Vaccination in Bombay 1889-1901 - 1889-1901
Year: 1889
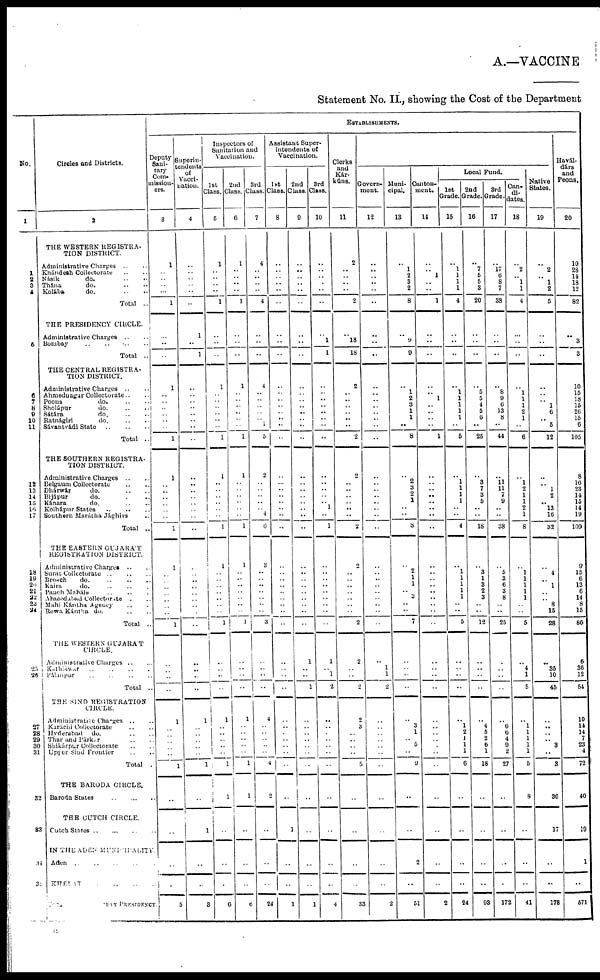
A.—VACCINE
Statement No. II, showing the Cost of the Department
No.
1
1 2
3
4
5
6 7
8 9
10
11
12
13
14
15
16
17
18
19
20
21
22
23
24
25
26
27
28
29
30
31
32
33
34
35
Circles and Districts.
2
THE WESTERN REGISTRA-
TION DISTRICT.
Administrative Charges .. ..
Khándesh Collectorate .. ..
Násik do. .. ..
Thána
do. .. ..
Kolába
do. .. ..
Total ..
THE PRESIDENCY CIRCLE.
Administrative Charges .. ..
Bombay .. .. .. ..
Total ..
THE CENTRAL REGISTRA-
TION DISTRICT.
Administrative Charges .. ..
Ahmednagar Collectorate .. ..
Poona do. .. ..
Sholápur do. .. ..
Sátára do. .. ..
Ratnágiri
do. .. ..
Sávantvádi State
..
..
..
Total ..
THE SOUTHERN REGISTRA¬
TION DISTRICT.
Administrative Charges .. ..
Belgaum Collectorate .. ..
Dhárwár do. .. ..
Bijápur do. .. ..
Kánara
do. .. ..
Kolhápur States
..
..
..
Southern Marátha Jághirs ..
Total ..
THE EASTERN GUJARÁT
REGISTRATION DISTRICT.
Administrative Charges .. ..
Surat Collectorate
..
..
..
Broach do. .. .. ..
Kaira
do. .. .. ..
Panch Maháls
..
..
..
Ahmedabad Collectorate .. ..
Mahi Kántha Agency .. ..
Rewa Kántha do. .. ..
Total ..
THE WESTERN GUJARÁT
CIRCLE.
Administrative Charges .. ..
Kathtáwar .. .. .. ..
Pálanpur
..
..
..
..
Total ..
THE SIND REGISTRATION
CIRCLE.
Administrative Charges .. ..
Karáchi Collectorate .. ..
Hyderabad
do. .. ..
Thar and Párkar .. ..
Shikárpur Collectorate .. ..
Upper Sind Frontier .. ..
Total .
THE BARODA CIRCLE.
Baroda States
..
..
..
THE CUTCH CIRCLE.
Cutch States
..
..
..
..
IN THE ADEN MUNICIPALITY.
Aden .. .. .. .. ..
KUELAT .. .. ..
BOMBAY
PRESIDENCY.
ESTABLISHMENTS.
Deputy
Sani-
tary
Com¬
mission¬
ers.
3
1
..
..
..
..
1
..
..
..
1
..
..
..
..
..
..
1
..
..
..
..
..
..
..
1
1
..
..
..
..
..
..
..
1
..
..
..
..
1
..
..
..
..
..
1
..
..
..
..
5
Superin-
tendents
of
Vacci-
nation.
4
..
..
..
..
..
..
1
..
1
..
..
..
..
..
..
..
..
..
..
..
..
..
..
..
..
..
..
..
..
..
..
..
..
..
..
..
..
..
1
..
..
..
..
..
1
..
1
..
..
3
Inspectors of
Sanitation and
Vaccination.
1st
Class.
5
1
..
..
..
..
1
..
..
..
1
..
..
..
..
..
..
1
1
..
..
..
..
..
..
1
1
..
.. ..
..
..
..
..
1
..
..
..
..
1
..
..
..
..
..
1
1
..
..
..
0
2nd
Class.
6
1
..
..
..
..
1
..
..
..
1
..
..
..
..
..
..
1
1
..
..
..
..
..
..
1
1
..
..
..
..
..
..
..
1
..
..
..
..
1
..
..
..
..
..
1
1
..
..
..
6
3rd
Class.
7
4
..
..
..
..
4
..
..
..
4
..
..
..
..
..
..
5
2
..
..
..
..
..
4
6
3
..
.. ..
..
..
..
..
3
..
..
..
..
4
..
..
.. ..
..
4
2
..
..
..
24
Assistant Super-
intendents of
Vaccination.
1st
Class.
8
..
..
..
..
..
..
..
..
..
..
..
..
..
..
..
..
..
..
..
..
..
..
..
..
..
..
..
..
..
..
..
..
..
..
..
..
..
..
..
..
..
..
..
..
..
..
1
..
..
1
2nd
Class.
9
..
..
..
..
..
..
..
..
..
..
..
..
..
..
..
..
..
..
..
..
..
..
..
..
..
..
..
..
..
..
..
.. ..
..
1
..
..
1
..
..
..
..
..
..
..
..
..
..
..
1
3rd
Class.
10
..
..
..
..
..
..
.. 1
1
..
..
..
..
..
..
..
..
..
..
..
..
..
1
..
1
..
..
.. ..
..
..
..
..
..
1
.. 1
2
..
..
..
..
..
..
..
..
..
..
..
4
Clerks
and
Kár¬
kúns.
11
2
..
..
..
..
2
..
18
18
2
.. ..
..
..
..
..
2
2
..
..
..
..
..
..
2
2
..
..
..
..
..
..
..
2
2
..
..
2
2
3
..
..
..
..
5
..
..
..
..
33
Govern-
ment.
12
..
..
..
..
..
..
..
..
..
..
..
..
..
..
..
..
..
..
..
..
..
..
..
..
..
..
..
..
..
..
..
..
..
..
..
1
1
2
..
..
..
..
..
..
..
..
..
..
..
2
Muni-
cipal.
13
.. 1
2
3
..
8
..
..
9
..
1
2
3
1
1
..
8
..
2
3
2
1
..
..
8
..
2
1
1
..
3
..
..
7
..
..
..
..
..
3
1
..
5
..
9
..
..
2
..
51
Canton-
ment.
14
..
..
1
..
..
1
..
..
..
..
.. 1
..
..
..
..
1
..
..
.. ..
..
..
..
..
..
..
..
..
..
..
..
..
..
..
..
..
..
..
..
..
..
..
..
..
..
..
..
..
2
Local Fund.
1st
Grade.
15
..
1
1
1
1
4
..
..
..
..
1
1
1
1
1
..
5
..
1
1
1
1
..
..
4
..
1
1
1
1
1
.. ..
5
..
..
..
..
..
1
2
1
1
1
6
..
..
..
..
24
2nd
Grade.
16
..
7
5
5
3
20
..
..
..
.. 5
5
4
5
6
..
25
..
3
7
3
5
..
..
18
..
3
1
3
2
3
..
..
12
..
..
..
..
..
4
5
2
6
1
18
..
..
..
..
93
3rd
Grade.
17
..
17 6
8
7
38
..
..
..
.. 8
9
6
13
8
..
44
..
11
11
7
9
..
..
38
..
5
3
6
3
8
..
..
25
..
..
..
..
..
6
6
4
9
2
27
..
..
..
..
172
Can-
di-
dates.
18
.. 2
..
1
1
4
..
..
..
..
1
1
1
2
1
..
6
..
1
2
1
1
2
1
8
..
1
1
1
1
1
..
..
5
..
4
1
5
..
1
1
1
1
1
5
8
..
..
..
41
Native
States.
19
.. 2
.. 1
2
5
..
..
..
..
..
..
1
6
..
5
12
..
..
1
2
..
13
16
32
..
4
..
1
..
..
8
15
28
..
35
10
45
..
..
..
..
3
..
3
36
17
..
..
178
Havál¬
dárs
and
Peons.
20
10
28
14
18
12
82
..
3
3
10
15
18
15
26
15
6
105
8
16
23
14
15
14
19
109
9
15
6
13
6
14
8
15
86
6
36
12
54
10
14
14
7
23
4
72
40
19
1
..
571
B